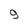
Character: 9